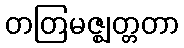
တတြမဇ္ဈတ္တတာ